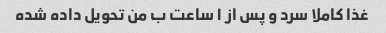
غذا کاملا سرد و پس از ۱ ساعت ب من تحویل داده شده